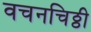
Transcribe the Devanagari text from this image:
वचनचिठ्ठी